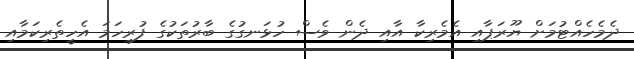
ދެމެހެއްޓުމަށް ޔޫރަޕާއި އެމެރިކާ އާއި ދެން ވެސް ހުޅަނގުގެ ބާރުތަކުގެ ފުރިހަމަ އެހީތެރިކަމާއި